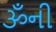
ૐની